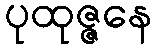
ပုထုဇ္ဇနေ